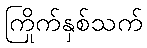
ကြိုက်နှစ်သက်